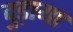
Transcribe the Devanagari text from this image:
दुड़ाया